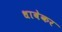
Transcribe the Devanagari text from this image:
धाबेकर